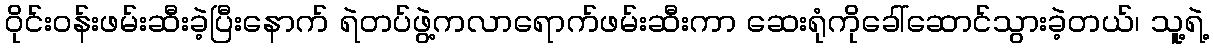
ဝိုင်းဝန်းဖမ်းဆီးခဲ့ပြီးနောက် ရဲတပ်ဖွဲ့ကလာရောက်ဖမ်းဆီးကာ ဆေးရုံကိုခေါ်ဆောင်သွားခဲ့တယ်၊ သူ့ရဲ့